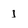
Character: 1